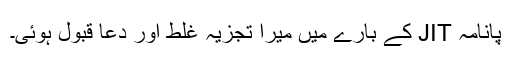
پانامہ JIT کے بارے میں میرا تجزیہ غلط اور دعا قبول ہوئی۔